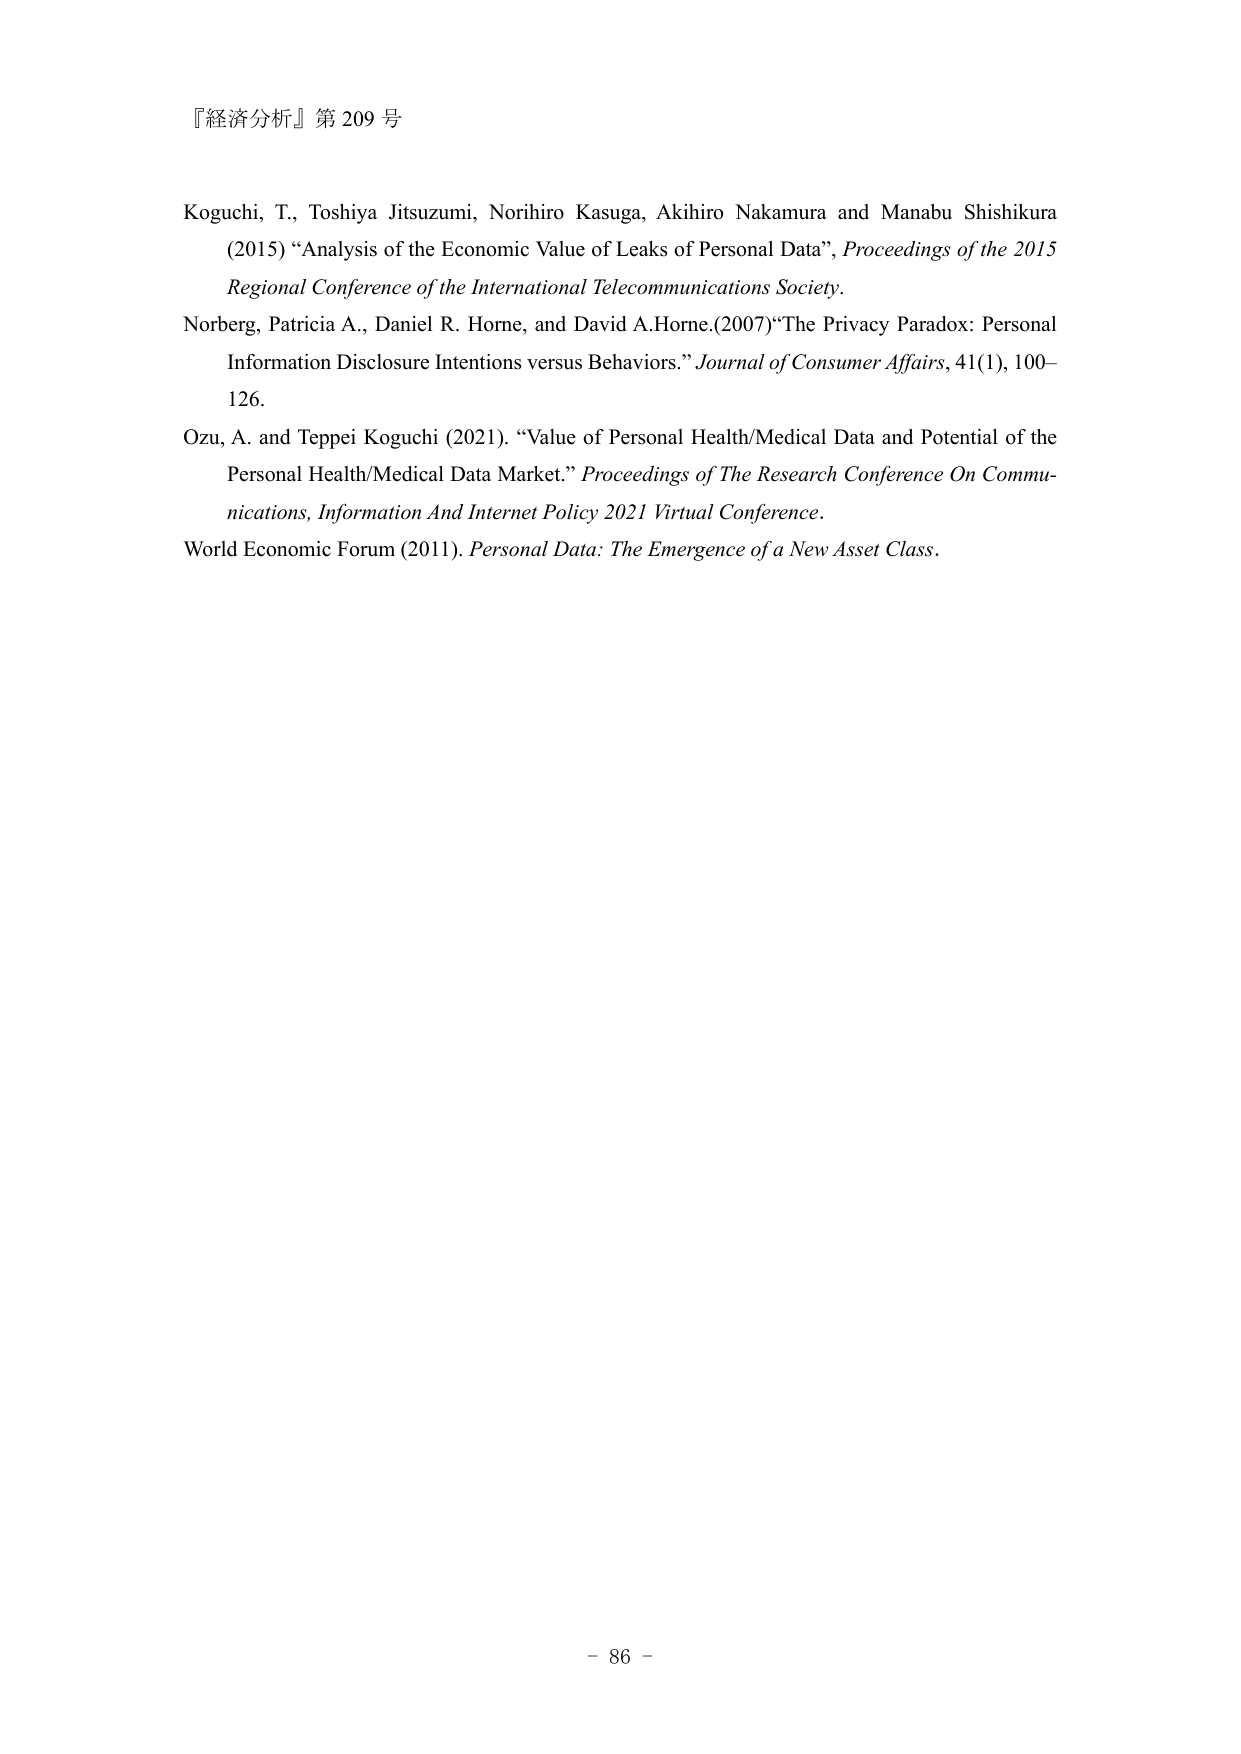
『経済分析』第 209 号

Koguchi, T., Toshiya Jitsuzumi, Norihiro Kasuga, Akihiro Nakamura and Manabu Shishikura (2015) “Analysis of the Economic Value of Leaks of Personal Data”, Proceedings of the 2015 Regional Conference of the International Telecommunications Society.

Norberg, Patricia A., Daniel R. Horne, and David A. Horne. (2007) “The Privacy Paradox: Personal Information Disclosure Intentions versus Behaviors.” Journal of Consumer Affairs, 41(1), 100–126.

Ozu, A. and Teppei Koguchi (2021). “Value of Personal Health/Medical Data and Potential of the Personal Health/Medical Data Market.” Proceedings of The Research Conference On Communications, Information And Internet Policy 2021 Virtual Conference.

World Economic Forum (2011). Personal Data: The Emergence of a New Asset Class.

- 86 -